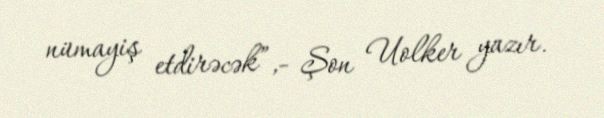
nümayiş etdirəcək”,- Şon Uolker yazır.